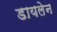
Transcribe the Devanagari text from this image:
डायलेन